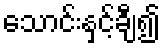
သောင်းနှင့်ချီ၍